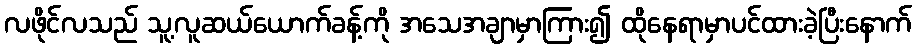
လဖိုင်လသည် သူ့လူဆယ်ယောက်ခန့်ကို အသေအချာမှာကြား၍ ထိုနေရာမှာပင်ထားခဲ့ပြီးနောက်